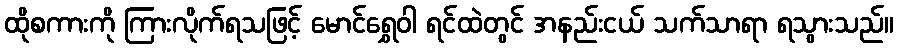
ထိုစကားကို ကြားလိုက်ရသဖြင့် မောင်ရွှေဝါ ရင်ထဲတွင် အနည်းငယ် သက်သာရာ ရသွားသည်။